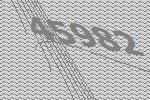
45982